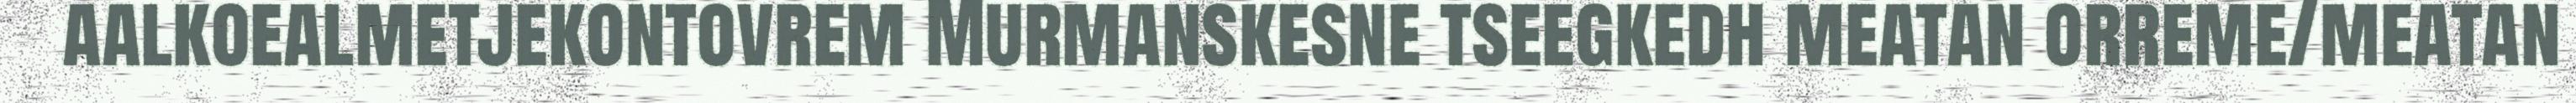
aalkoealmetjekontovrem Murmanskesne tseegkedh meatan orreme/meatan